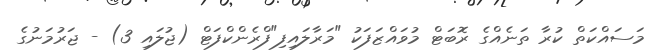
މަސައްކަތް ކުރާ ތަނެއްގެ ރޮބަޓް މުވައްޒަފަކު "މަރާލައިފި"ފްރެންކްފަޓް (ޖުލައި 3) - ޖަރުމަނުގެ